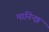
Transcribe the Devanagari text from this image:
मानिन्छ